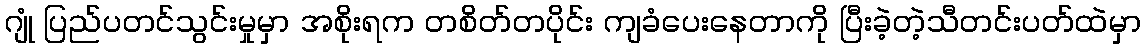
ဂျုံ ပြည်ပတင်သွင်းမှုမှာ အစိုးရက တစိတ်တပိုင်း ကျခံပေးနေတာကို ပြီးခဲ့တဲ့သီတင်းပတ်ထဲမှာ